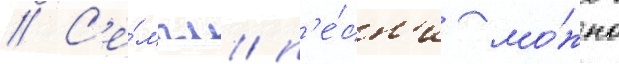
// С'е́мпл п'е́сн'и мо́жно